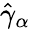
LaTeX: \hat{\gamma}_{\alpha}